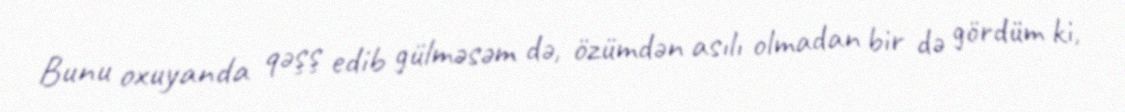
Bunu oxuyanda qəşş edib gülməsəm də, özümdən asılı olmadan bir də gördüm ki,